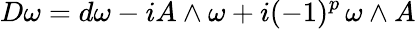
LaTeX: D\omega=d\omega-iA\wedge\omega+i(-1)^{p}\, \omega\wedge A